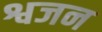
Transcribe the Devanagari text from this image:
श्वजन